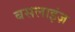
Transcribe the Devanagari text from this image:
बसलाइंज़